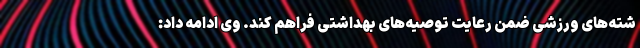
شته‌های ورزشی ضمن رعایت توصیه‌های بهداشتی فراهم کند. وی ادامه داد: